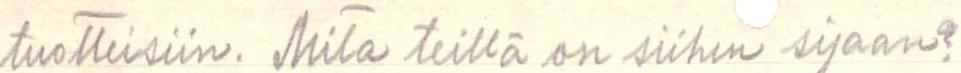
tuotteisiin. Mitä teillä on siihen sijaan?